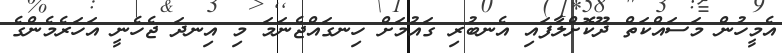
އެމީހުން މަސައްކަތް ދޫކޮށްލާފައި އެނބުރި ގައުމަށް ހިނގައްޖެނަމަ މި އިނދަ ޖެހެނީ އަހަރެމެންގެ